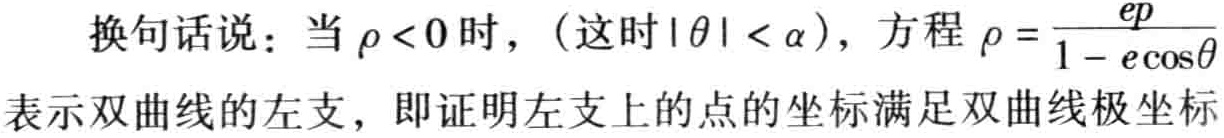
换句话说：当$\rho < 0$时，（这时$|\theta| < \alpha$），方程$\rho = \frac{ep}{1 - e\cos\theta}$表示双曲线的左支，即证明左支上的点的坐标满足双曲线极坐标